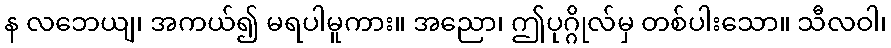
န လဘေယျ၊ အကယ်၍ မရပါမူကား။ အညော၊ ဤပုဂ္ဂိုလ်မှ တစ်ပါးသော။ သီလဝါ၊